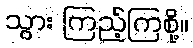
သွား ကြည့်ကြစို့။